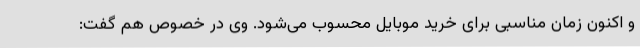
و اکنون زمان مناسبی برای خرید موبایل محسوب می‌شود. وی در خصوص هم گفت: